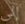
إلى